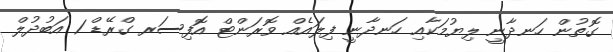
ގޮތުން ހަނދާނީ ލިޔުމަކާއި ހަނދާނީ ފިލައެއް ވޮރަންޓް އޮފިސަރ ގްރޭޑް 1 އަބުދުލް